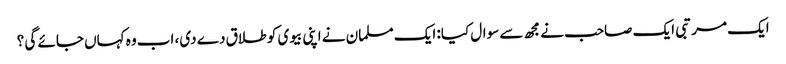
ایک مرتبی ایک صاحب نے مجھ سے سوال کیا: ایک مسلمان نے اپنی بیوی کو طلاق دے دی، اب وہ کہاں جائے گی ؟